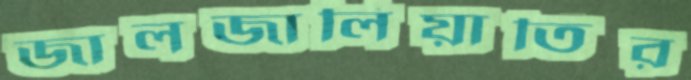
জালজালিয়াতির